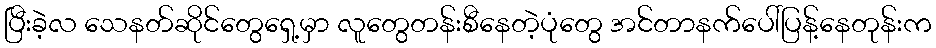
ပြီးခဲ့လ သေနတ်ဆိုင်တွေရှေ့မှာ လူတွေတန်းစီနေတဲ့ပုံတွေ အင်တာနက်ပေါ်ပြန့်နေတုန်းက